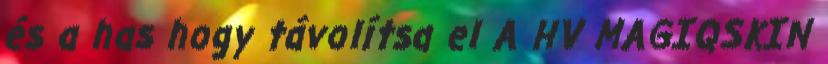
és a has hogy távolítsa el A HV MAGIQSKIN